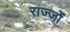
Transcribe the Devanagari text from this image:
राज्जों